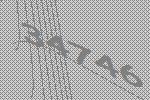
34746